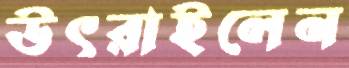
উৎরাইলেন